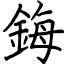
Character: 鋂